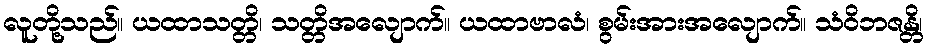
လူတို့သည်။ ယထာသတ္တိ၊ သတ္တိအလျောက်။ ယထာဗာလံ၊ စွမ်းအားအလျောက်။ သံဝိဘဇန္တိ၊